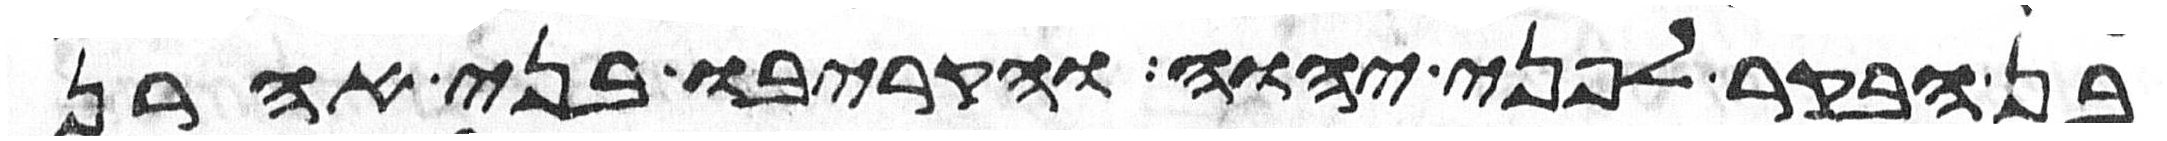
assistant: בן הבקר לפני יהוה והקריבו בני אהרן